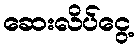
ဆေးလိပ်ငွေ့